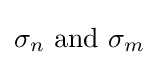
\sigma _{n}{\text{ and }}\sigma _{m}